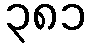
၃၈၁